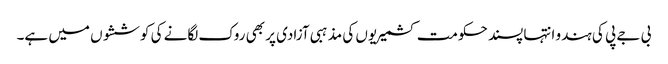
بی جے پی کی ہندو انتہا پسند حکومت کشمیریوں کی مذہبی آزادی پر بھی روک لگانے کی کوششوں میں ہے۔